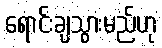
ရောင်းချသွားမည်ဟု